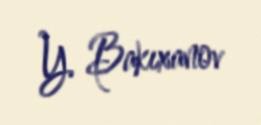
Y. Bakıxanov